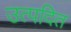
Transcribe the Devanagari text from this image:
उत्पदित